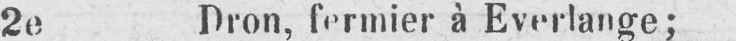
2e Dron, fermier à Everlange;